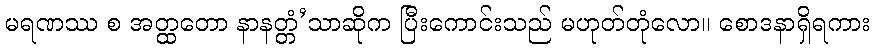
မရဏဿ စ အတ္ထတော နာနတ္တံ’သာဆိုက ပြီးကောင်းသည် မဟုတ်တုံလော။ စောဒနာရှိရကား